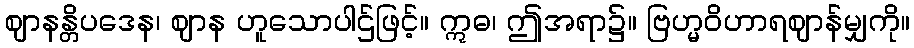
ဈာနန္တိပဒေန၊ ဈာန ဟူသောပါဌ်ဖြင့်။ ဣဓ၊ ဤအရာ၌။ ဗြဟ္မဝိဟာရဈာန်မျှကို။